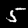
Digit: 5